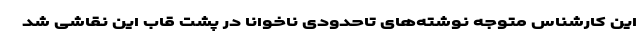
این کارشناس متوجه نوشته‌های تاحدودی ناخوانا در پشت قاب این نقاشی شد